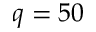
q = 5 0